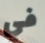
في